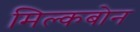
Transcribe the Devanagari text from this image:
मिल्कबोन